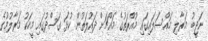
ނަޖީބު މަރާލި މައްސަލައިގައި މުއްރަތުގެ މައްޗަށް ދައުލަތުން ކުޅަ ގަސްދުގައި މީހަކު މަރާލުމުގެ